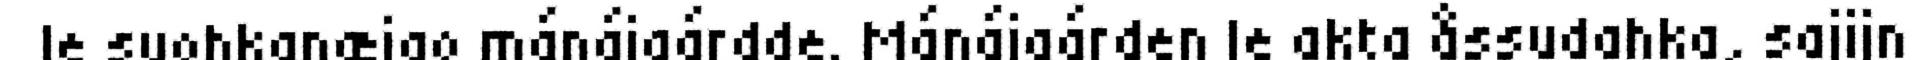
le suohkanæjgo mánájgárdde. Mánájgárden le akta åssudahka, sajijn